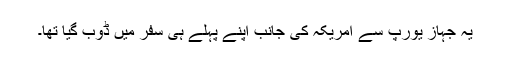
یہ جہاز یورپ سے امریکہ کی جانب اپنے پہلے ہی سفر میں ڈوب گیا تھا۔